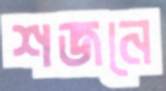
শজনে